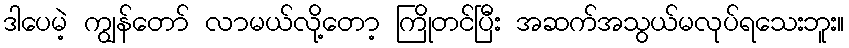
ဒါပေမဲ့ ကျွန်တော် လာမယ်လို့တော့ ကြိုတင်ပြီး အဆက်အသွယ်မလုပ်ရသေးဘူး။